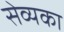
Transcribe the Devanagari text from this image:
सेव्यका